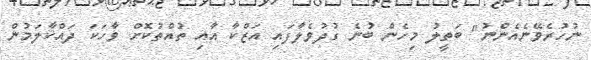
ނުހުރެވޭނެއެންނު" ބަތީލު މިހެން ބުނެ ގުދުވެލާފައި އަޒްކާ އާއި ތުއްތުކޮށް ވާހަކަ ދައްކާލަމުން